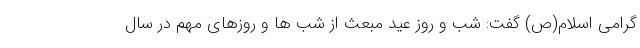
گرامی اسلام(ص) گفت: شب و روز عید مبعث از شب ها و روزهای مهم در سال